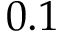
0 . 1